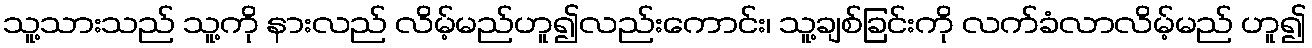
သူ့သားသည် သူ့ကို နားလည် လိမ့်မည်ဟူ၍လည်းကောင်း၊ သူ့ချစ်ခြင်းကို လက်ခံလာလိမ့်မည် ဟူ၍